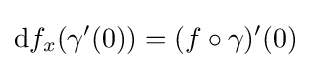
\mathrm {d} f_{x}(\gamma '(0))=(f\circ \gamma )'(0)